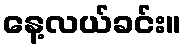
နေ့လယ်ခင်း။